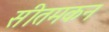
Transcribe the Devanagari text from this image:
सीतमकन